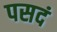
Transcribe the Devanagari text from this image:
पसदं